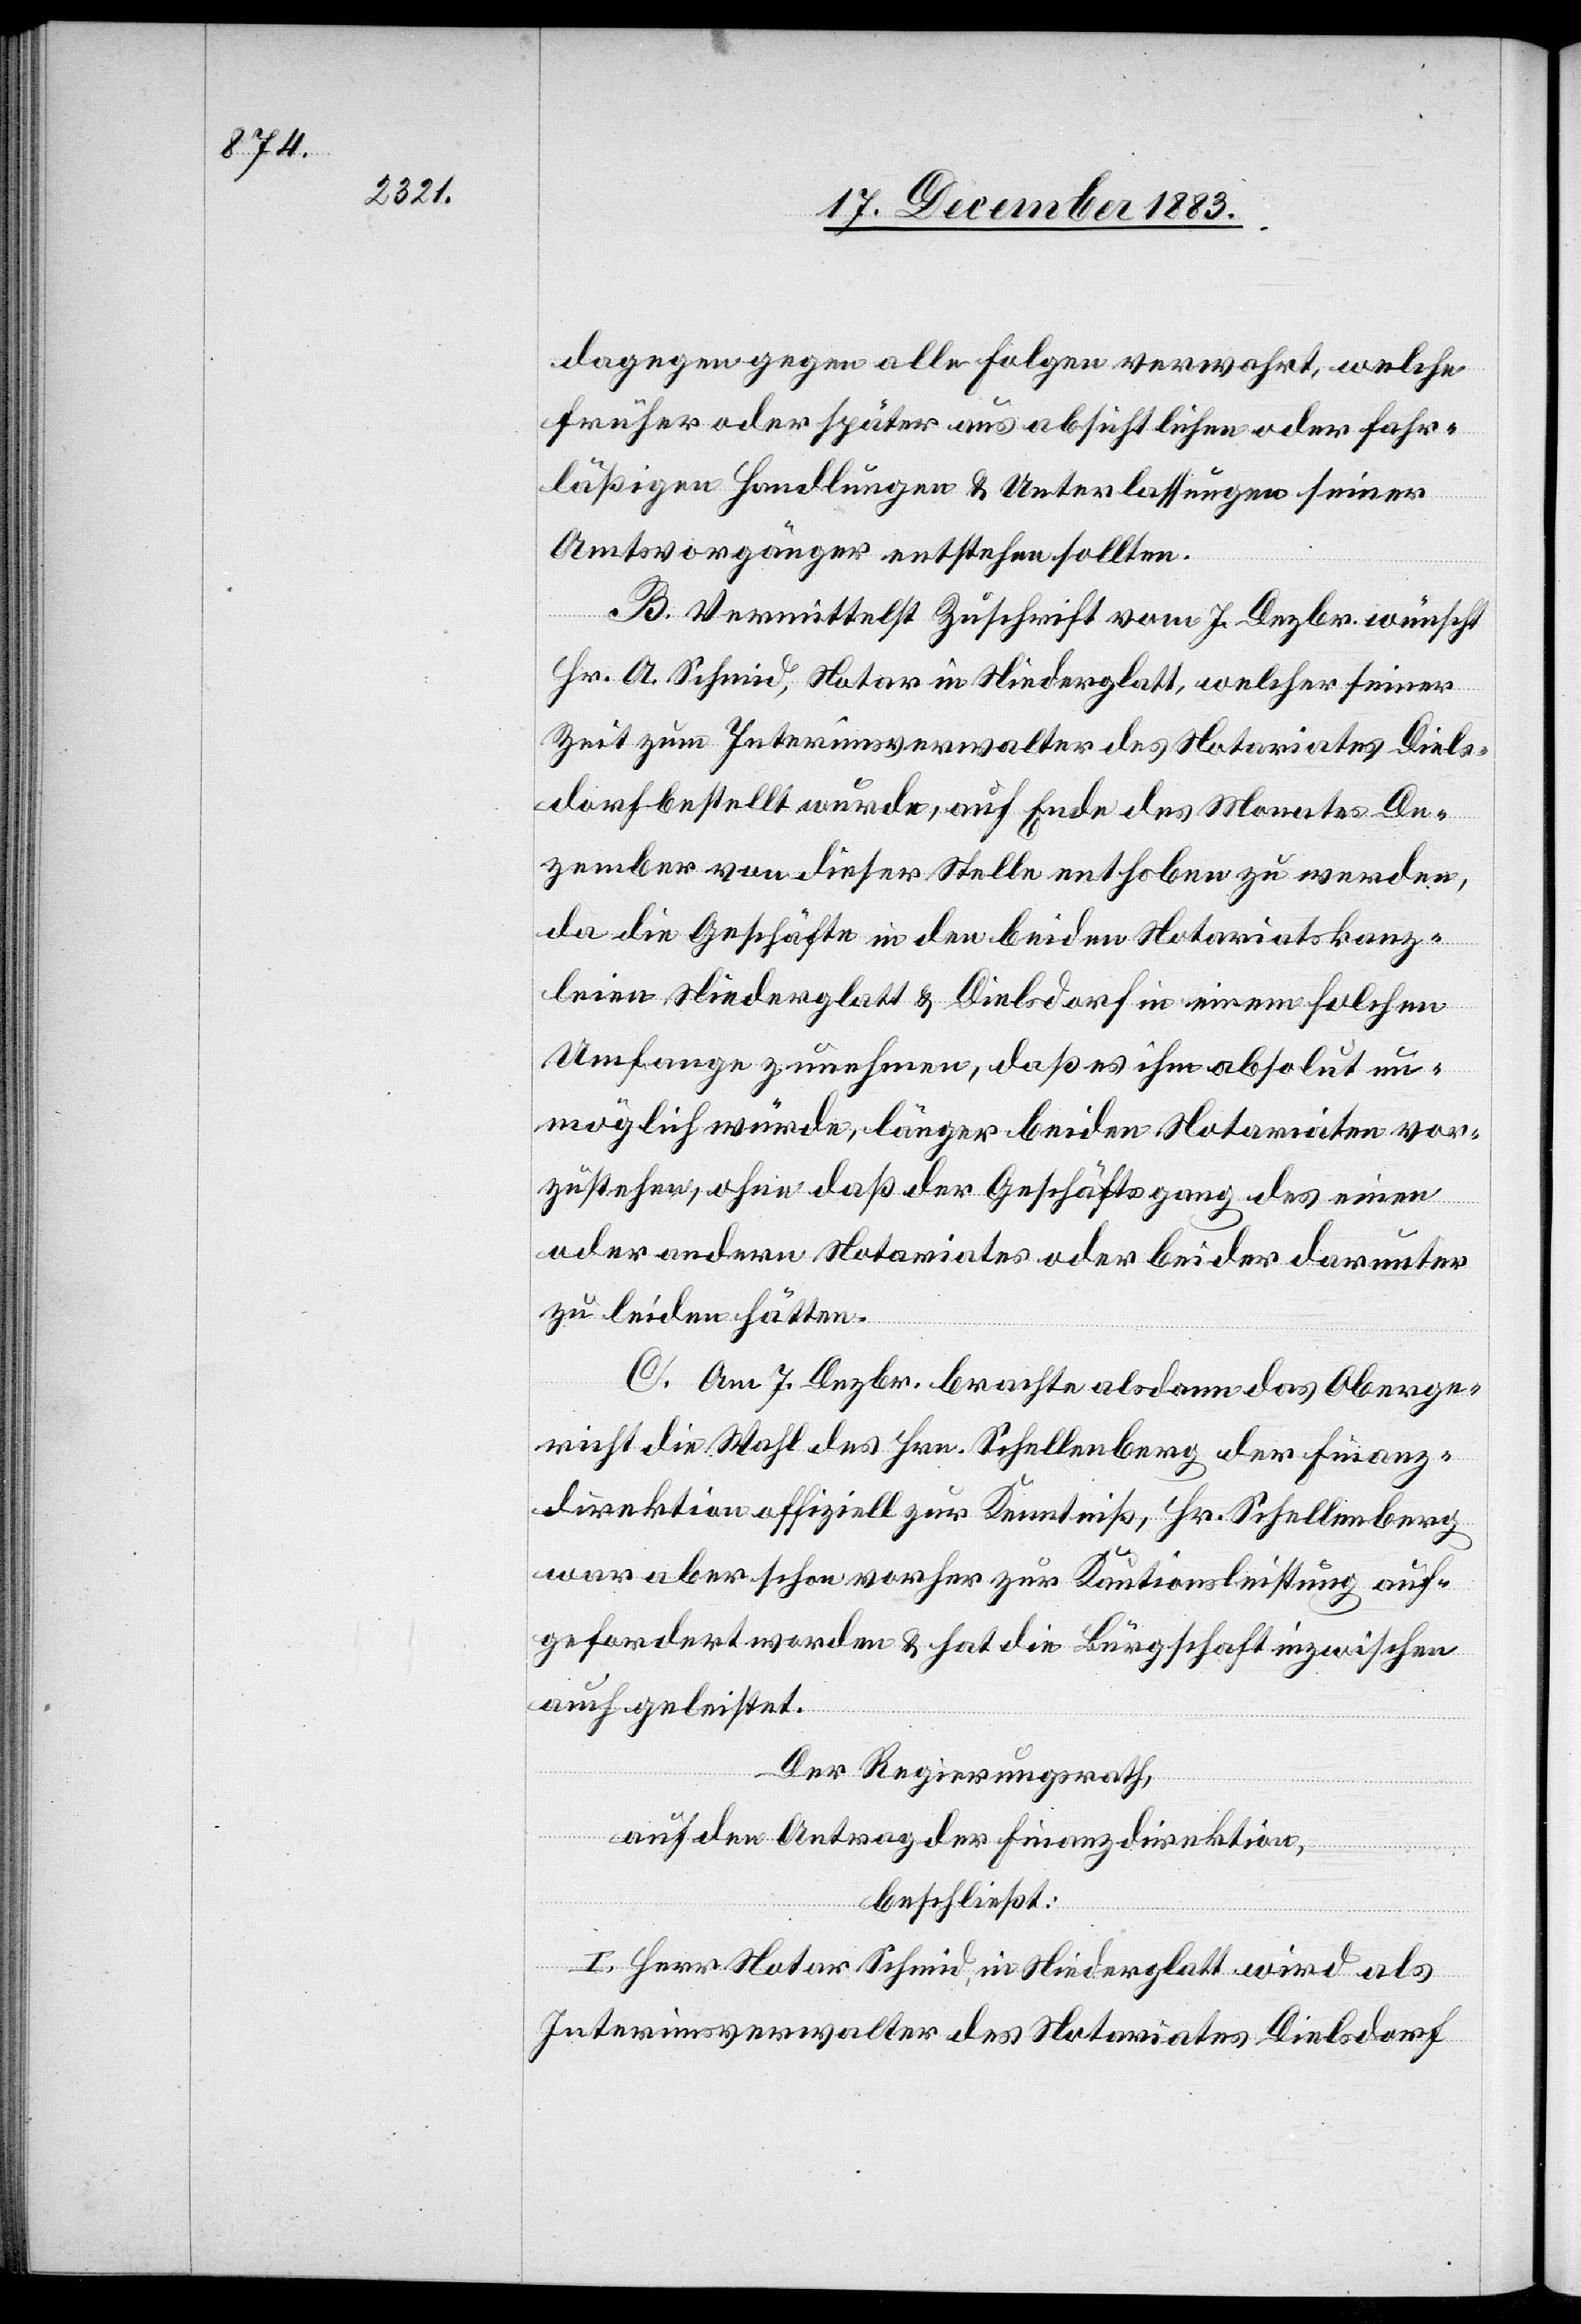
dagegen gegen alle Folgen verwahrt, welche
früher oder später aus absichtlichen oder fahr¬
läßigen Handlungen & Unterlassungen seiner
Amtsvorgänger entstehen sollten.
B. Vermittelst Zuschrift vom 7. Dezbr. wünscht
Hr. A. Schmid, Notar in Niederglatt, welcher seiner
Zeit zum Interimsverwalter des Notariates Diels¬
dorf bestellt wurde, auf Ende des Monates De¬
zember von dieser Stelle enthoben zu werden,
da die Geschäfte in den beiden Notariatskanz¬
leien Niederglatt & Dielsdorf in einem solchen
Umfange zunehmen, daß es ihm absolut un¬
möglich würde, länger beiden Notariaten vor¬
zustehen, ohne daß der Geschäftsgang des einen
oder andern Notariates oder beider darunter
zu leiden hätten.
C. Am 7. Dezbr. brachte alsdann das Oberge¬
richt die Wahl des Hrn. Schellenberg der Finanz¬
direktion offiziell zur Kenntniß, Hr. Schellenberg
war aber schon vorher zur Kautionsleistung auf¬
gefordert worden & hat die Bürgschaft inzwischen
auch geleistet.
Der Regierungsrath,
auf den Antrag der Finanzdirektion,
beschließt:
I. Herr Notar Schmid, in Niederglatt wird als
Interimsverwalter des Notariates Dielsdorf